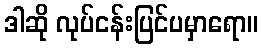
ဒါဆို လုပ်ငန်းပြင်ပမှာရော။